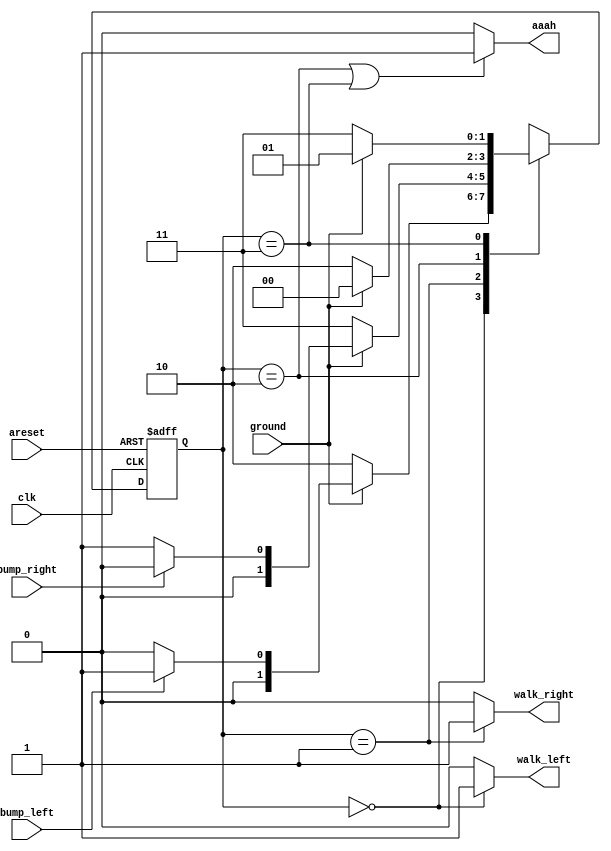
module top_module(
    input clk,
    input areset,    // Freshly brainwashed Lemmings walk left.
    input bump_left,
    input bump_right,
    input ground,
    output walk_left,
    output walk_right,
    output aaah ); 
    
    localparam left = 2'b00, right = 2'b01, fall_left = 2'b10, fall_right = 2'b11;
    reg [1:0] current_state, next_state;
    
    always @(*) begin
        case(current_state)
            left: next_state <= (ground==1'b0)?fall_left:((bump_left)?right:left);
            right: next_state <= (ground==1'b0)?fall_right:((bump_right)?left:right);
            fall_left: next_state <= (ground)?left:fall_left;
            fall_right: next_state <= (ground)?right:fall_right;
        endcase
    end
    
    always @(posedge clk or posedge areset) begin
        if (areset) current_state <= left;
        else current_state <= next_state;
    end
    
    assign walk_left = (current_state == left)?1'b1:1'b0;
    assign walk_right = (current_state == right)?1'b1:1'b0;
    assign aaah = (current_state == fall_left | current_state == fall_right)?1'b1:1'b0;

endmodule